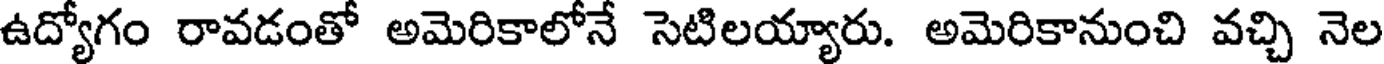
ఉద్యోగం రావడంతో అమెరికాలోనే సెటిలయ్యారు. అమెరికానుంచి వచ్చి నెల